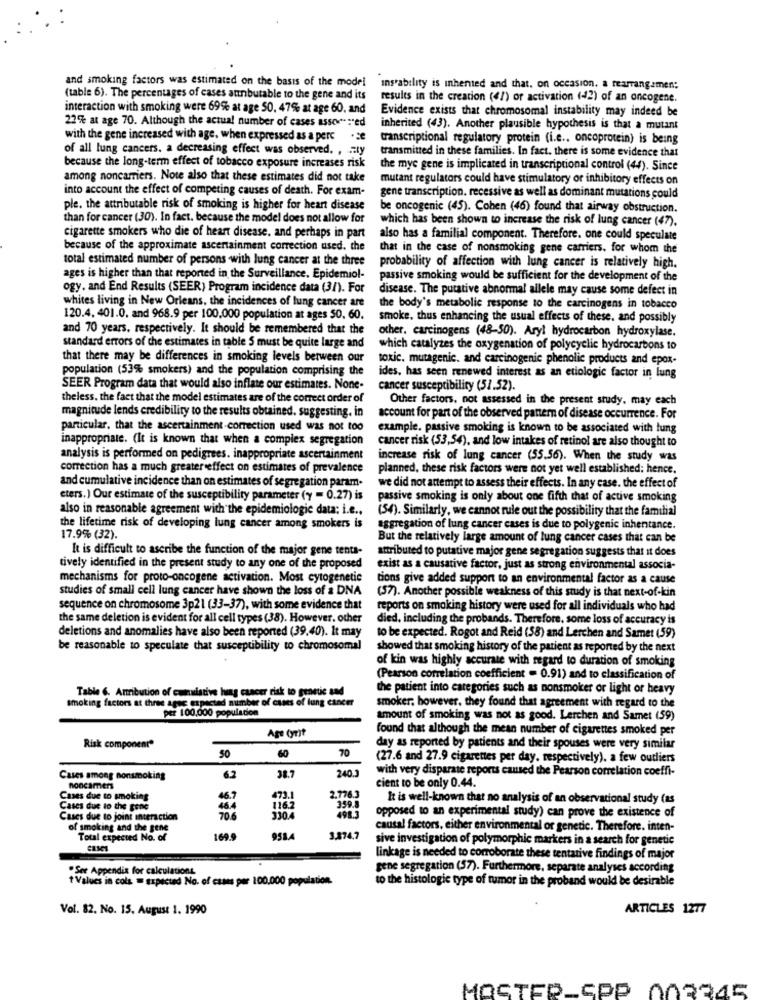
and smoking factors was estimated on the basis of the model
instability is inhented and that. on occasion. a rearrangemen;
(table 6). The percentages of cases attributable to the gene and its
results in the creation (47) or activation (42) of an oncogene.
interaction with smoking were 69% at age 50, 47% at age 60, and
Evidence exists that chromosomal instability may indeed be
22% at age 70. Although the actual number of cases assor:"ed
inherited (43). Another plausible hypothesis is that a mutant
with the gene increased with age, when expressed as a perc
transcriptional regulatory protein (i.e .. oncoprotein) is being
of all lung cancers. a decreasing effect was observed. , Fly
transmitted in these families. In fact. there is some evidence that
because the long-term effect of tobacco exposure increases risk
the mye gene is implicated in transcriptional control (44). Since
among noncarriers. Note also that these estimates did not take
mutant regulators could have stimulatory or inhibitory effects on
into account the effect of competing causes of death. For exam-
gene transcription. recessive as well as dominant mutations could
ple. the attributable risk of smoking is higher for heart disease
be oncogenic (45). Cohen (46) found that airway obstruction.
than for cancer (30). In fact. because the model does not allow for
which has been shown to increase the risk of lung cancer (47).
cigarette smokers who die of heart disease, and perhaps in part
also has a familial component. Therefore. one could speculate
because of the approximate ascertainment correction used. the
that in the case of nonsmoking gene carriers. for whom the
total estimated number of persons with lung cancer at the three
probability of affection with lung cancer is relatively high.
ages is higher than that reported in the Surveillance. Epidemiol-
passive smoking would be sufficient for the development of the
ogy. and End Results (SEER) Program incidence data (31). For
disease. The putative abnormal allele may cause some defect in
whites living in New Orleans, the incidences of lung cancer are
the body's metabolic response to the carcinogens in tobacco
120.4. 401.0. and 968.9 per 100,000 population at ages 50. 60.
smoke, thus enhancing the usual effects of these, and possibly
and 70 years, respectively. It should be remembered that the
other. carcinogens (48-50). Aryl hydrocarbon hydroxylase.
standard errors of che estimates in table 5 must be quite large and
which catalyzes the oxygenation of polycyclic hydrocarbons to
that there may be differences in smoking levels between our
toxic. mutagenic. and carcinogenic phenolic products and epox-
population (53% smokers) and the population comprising the
ides, has seen renewed interest as an etiologic factor in lung
SEER Program data that would also inflate our estimates. None-
cancer susceptibility (51.52).
theless. the fact that the model estimates are of the correct order of
Other factors, not assessed in the present study. may each
magnitude lends credibility to the results obtained. suggesting. in
account for part of the observed pattern of disease occurrence. For
particular, that the ascertainment-correction used was not too
example. passive smoking is known to be associated with tung
inappropriate. (It is known that when a complex segregation
cancer risk (53,54), and low intakes of retinol are also thought to
analysis is performed on pedigrees. inappropriate ascertainment
increase risk of lung cancer (55.56). When the study was
correction has a much greater effect on estimates of prevalence
planned, these risk factors were not yet well established; hence.
and cumulative incidence than on estimates of segregation param-
we did not attempt to assess their effects. In any case. the effect of
eters.) Our estimate of the susceptibility parameter (y = 0.27) is
passive smoking is only about one fifth that of active smoking
also in reasonable agreement with the epidemiologic data: i.e .,
(54). Similarly, we cannot rule out the possibility that the familial
the lifetime risk of developing lung cancer among smokers is
aggregation of lung cancer cases is due to polygenic inhentance.
17.9% (32).
But the relatively large amount of lung cancer cases that can be
It is difficult to ascribe the function of the major gene tenta-
attributed to putative major gene segregation suggests that it does
tively identified in the present study to any one of the proposed
exist as a causative factor, just as strong environmental associa-
mechanisms for proto-oncogene activation. Most cytogenetic
tions give added support to an environmental factor as a cause
studies of small cell lung cancer have shown the loss of a DNA
(57). Another possible weakness of this study is that next-of-kin
sequence on chromosome 3p21 (33-37), with some evidence that
reports on smoking history were used for all individuals who had
the same deletion is evident for all cell types (38). However, other
died, including the probands. Therefore, some loss of accuracy is
deletions and anomalies have also been reported (39,40). It may
to be expected. Rogot and Reid (58) and Lerchen and Samet (59)
be reasonable to speculate that susceptibility to chromosomal
showed that smoking history of the patient as reported by the next
of kin was highly accurate with regard to duration of smoking
(Pearson correlation coefficient = 0.91) and to classification of
Table 6. Anribution of cumulative lung cancer risk to genetic and
the patient into categories such as nonsmoker or light or heavy
smoking factors at three agec expectad number of cases of lung cancer
Per 100.000 population
smoker; however, they found that agreement with regard to the
amount of smoking was not as good. Lerchen and Samet (59)
Age (yrit
found that although the mean number of cigarettes smoked per
Risk componente
50
60
70
day as reported by patients and their spouses were very similar
(27.6 and 27.9 cigarettes per day, respectively). a few outliers
38.7
240.
with very disparate reports caused the Pearson correlation coeffi-
Cases among nonsmoking
6.2
noncamers
cient to be only 0.44.
Cases due to smoking
46.7
2.776.3
It is well-known that no analysis of an observational study (as
Cases due to the gone
46.4
359.
Cases due to joint interaction
70.6
330.4
opposed to an experimental study) can prove the existence of
of smoking and the gene
causal factors, either environmental or genetic. Therefore. inten-
Total expected No. of
169.9
951
3.374,7
sive investigation of polymorphic markers in a search for genetic
linkage is needed to corroborate these tentative findings of major
.See Appendix for calculations
gene segregation (57). Furthermore, separate analyses according
t Values in cols = Expected No. of cases per 100.000 population.
to the histologie type of tumor in the proband would be desirable
Vol. 82. No. 15. August 1. 1990
ARTICLES 1277
MOSTER-SPP 002345